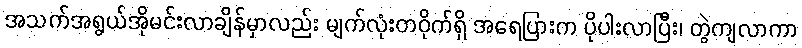
အသက်အရွယ်အိုမင်းလာချိန်မှာလည်း မျက်လုံးတဝိုက်ရှိ အရေပြားက ပိုပါးလာပြီး၊ တွဲကျလာကာ